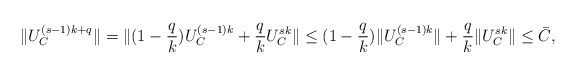
\begin{align*} \|U_{C}^{(s-1)k+q}\|=\|(1-\frac{q}{k}) U_C^{(s-1)k}+\frac{q}{k}U_C^{sk}\| \leq (1-\frac{q}{k})\|U_C^{(s-1)k}\|+\frac{q}{k}\|U_C^{sk}\| \leq \bar{C}, \end{align*}